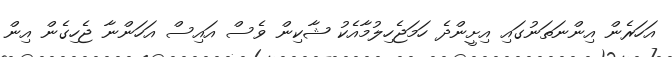
އަހަރެން އިންނަތަނުގައި އިށީންދެ ހަމަޖެހިލުމާއެކު ޝާކިން ވެސް އައިސް އަހަންނާ ޖެހިގެން އިން